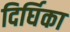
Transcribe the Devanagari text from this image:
दिर्घिका